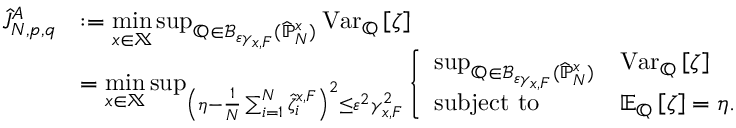
\begin{array} { r l } { \widehat { J } _ { N , p , q } ^ { A } } & { : = \underset { x \in \mathbb { X } } { \operatorname* { m i n } } \operatorname* { s u p } _ { \mathbb { Q } \in \mathcal { B } _ { \varepsilon \gamma _ { x , F } } ( \widehat { \mathbb { P } } _ { N } ^ { x } ) } \mathrm { V a r } _ { \mathbb { Q } } \left[ \zeta \right] } \\ & { = \underset { x \in \mathbb { X } } { \operatorname* { m i n } } \operatorname* { s u p } _ { \left( \eta - \frac { 1 } { N } \sum _ { i = 1 } ^ { N } \widehat { \zeta } _ { i } ^ { x , F } \right) ^ { 2 } \leq \varepsilon ^ { 2 } \gamma _ { x , F } ^ { 2 } } \left\{ \begin{array} { l l } { \operatorname* { s u p } _ { \mathbb { Q } \in \mathcal { B } _ { \varepsilon \gamma _ { x , F } } ( \widehat { \mathbb { P } } _ { N } ^ { x } ) } } & { \mathrm { V a r } _ { \mathbb { Q } } \left[ \zeta \right] } \\ { \mathrm { s u b j e c t ~ t o } } & { \mathbb { E } _ { \mathbb { Q } } \left[ \zeta \right] = \eta . } \end{array} \right. } \end{array}